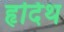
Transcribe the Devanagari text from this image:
हृदिथ